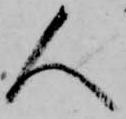
人